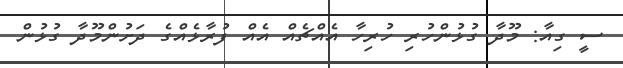
ސީ ގިއާ: މޫދާ ގުޅުންހުރި ހުރިހާ އެއްޗެއް އެއް ފުރާޅެއްގެ ދަށުންމޫދާ ގުޅުން